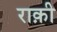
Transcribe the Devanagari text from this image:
राक़ी